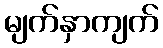
မျက်နှာကျက်